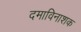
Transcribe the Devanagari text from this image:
दमाविनाशक